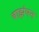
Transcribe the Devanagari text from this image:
बाझंपन